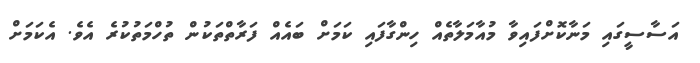
އަސާސީގައި މަނާކޮށްފައިވާ މުއާމަލާތެއް ހިންގާފައި ކަމަށް ބައެއް ފަރާތްތަކުން ތުހްމަތުކުރެ އެވެ. އެކަމަށް